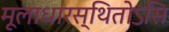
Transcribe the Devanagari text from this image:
मूलाधारस्थितोऽसि